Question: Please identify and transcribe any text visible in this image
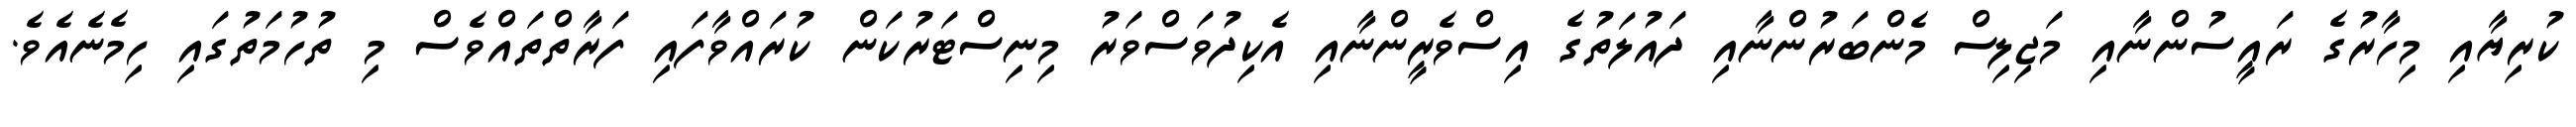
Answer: ކުރިޔާއި މިހާރުގެ ރައީސުންނާއި މަޖިލިސް މެންބަރުންނާއި ދައުލަތުގެ އިސްވެރީންނާއި އެކިދުވަސްވަރު މިނިސްޓަރުކަން ކުރައްވާފައި ފަރާތްތައްވެސް މި ތުހުމަތުގައި ހިމެނެއެވެ.